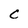
Character: C